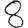
Digit: 8